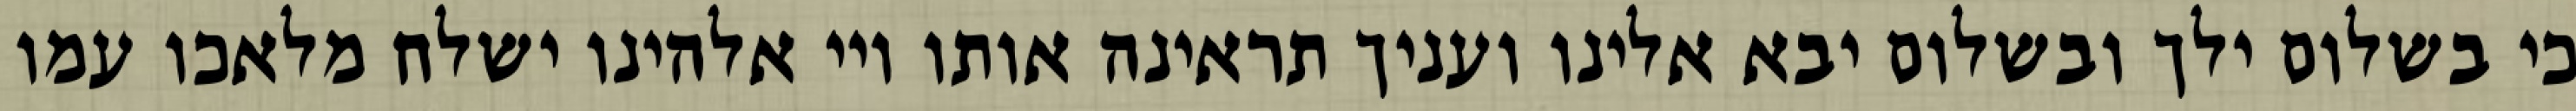
כי בשלום ילך ובשלום יבא אלינו ועניך תראינה אותו ויי אלהינו ישלח מלאכו עמו